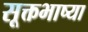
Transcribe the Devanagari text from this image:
सूक्तभाष्या